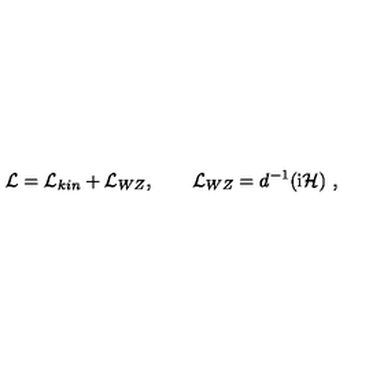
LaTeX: { \cal L } = { \cal L } _ { k i n } + { \cal L } _ { W Z } , \qquad { \cal L } _ { W Z } = d ^ { - 1 } ( \mathrm { i } { \cal H } ) \ ,